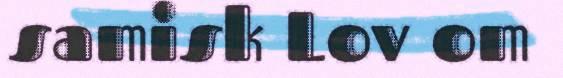
samisk Lov om